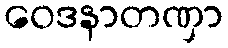
ဝေဒနာတဏှာ